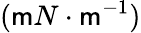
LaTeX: (\mathsf{m}N\cdot\mathsf{m}^{-1})